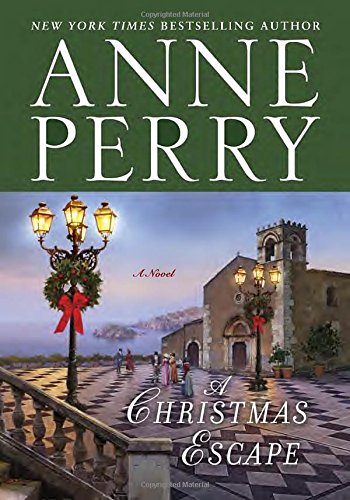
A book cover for A Christmas Escape: A Novel; Anne Perry; Mystery, Thriller & Suspense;